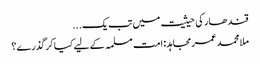
‏قندھار کی حیثیت میں تب یک ...
ملا محمد عمر مجاہد: امت مسلمہ کے لیے کیا کرگذرے؟